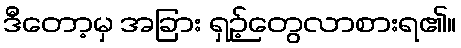
ဒီတော့မှ အခြား ရှဉ့်တွေလာစားရ၏။